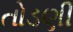
તોડણી